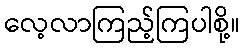
လေ့လာကြည့်ကြပါစို့။